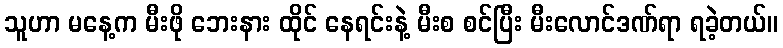
သူဟာ မနေ့က မီးဖို ဘေးနား ထိုင် နေရင်းနဲ့ မီးစ စင်ပြီး မီးလောင်ဒဏ်ရာ ရခဲ့တယ်။